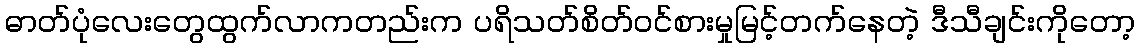
ဓာတ်ပုံလေးတွေထွက်လာကတည်းက ပရိသတ်စိတ်ဝင်စားမှုမြင့်တက်နေတဲ့ ဒီသီချင်းကိုတော့